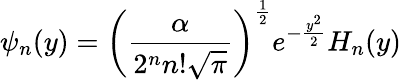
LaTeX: \psi_{n}(y)=\left(\frac{\alpha}{2^{n}n!\sqrt{\pi}}\right)^{\frac{1}{2}}e^{-\frac{y^{2}}{2}}H_{n}(y)